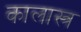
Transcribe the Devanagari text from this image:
कालास्त्र